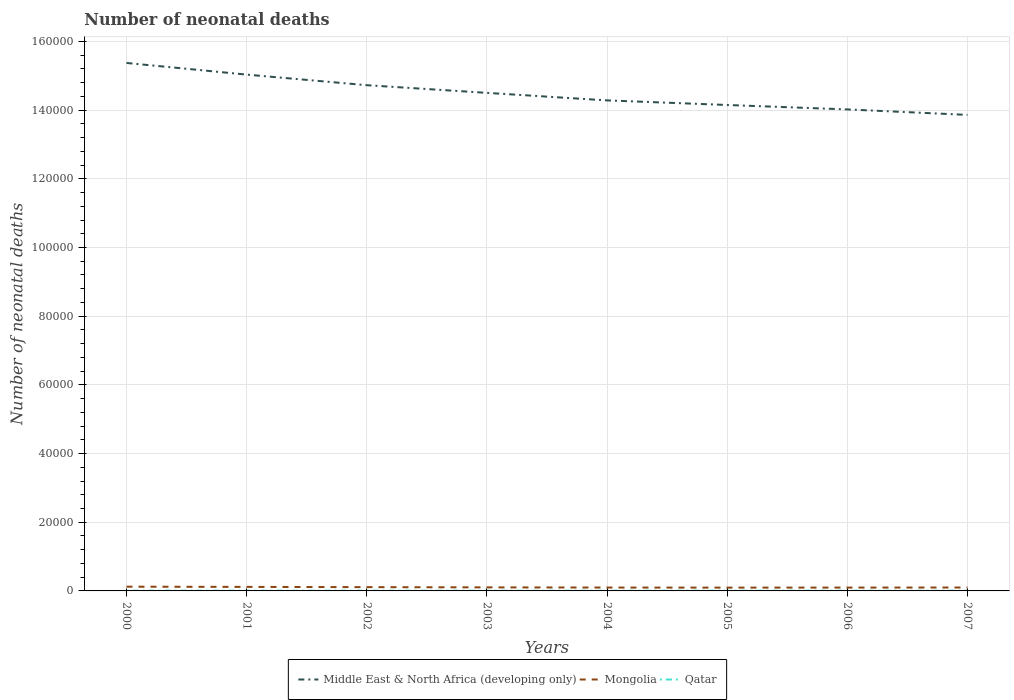
| Years | Middle East & North Africa (developing only) | Mongolia | Qatar |
 | --- | --- | --- | --- |
 | 2000 | 1.54e+05 | 1.23e+03 | 78 |
 | 2001 | 1.5e+05 | 1.17e+03 | 73 |
 | 2002 | 1.47e+05 | 1.1e+03 | 70 |
 | 2003 | 1.45e+05 | 1.03e+03 | 67 |
 | 2004 | 1.43e+05 | 984 | 67 |
 | 2005 | 1.41e+05 | 962 | 70 |
 | 2006 | 1.4e+05 | 974 | 68 |
 | 2007 | 1.39e+05 | 995 | 69 |